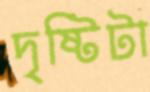
দৃষ্টিটা